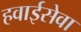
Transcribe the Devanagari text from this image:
हवाईसेवा